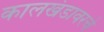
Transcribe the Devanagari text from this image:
कालखंडावरचे